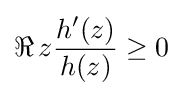
\Re \,z{h^{\prime }(z) \over h(z)}\geq 0